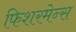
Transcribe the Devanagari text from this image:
फिशरमेन्स